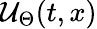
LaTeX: \mathcal{U}_{\Theta}(t,x)